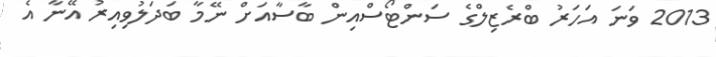
2013 ވަނަ އަހަރު ބްރެޒިލްގެ ސަންޓޯސްއިން ބާސާއަށް ނޭމާ ބަދަލުވިއިރު އޭނާ އެ